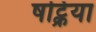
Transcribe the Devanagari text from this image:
षट्क्रिया